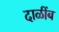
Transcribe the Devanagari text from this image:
दाळींब